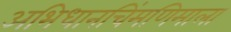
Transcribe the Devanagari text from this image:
अभिधानचिंमणिमाला